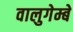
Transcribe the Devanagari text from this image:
वालुगेम्बे